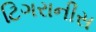
ટિગરાનીસ